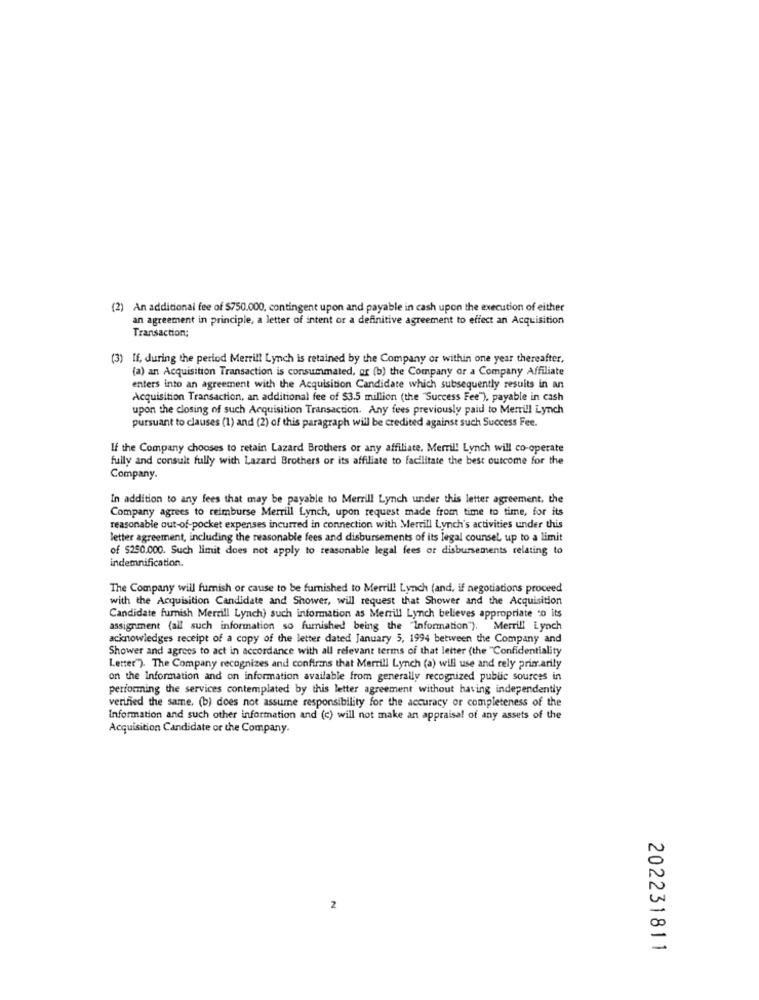
(2) An additional fee of $750.000, contingent upon and payable in cash upon the execution of either
an agreement in principle, a letter of intent or a definitive agreement to effect an Acquisition
Transaction;
(3) If, during the period Merrill Lynch is retained by the Company or within one year thereafter,
(a) an Acquisition Transaction is consummated, or (b) the Company or a Company Affiliate
enters into an agreement with the Acquisition Candidate which subsequently results in an
Acquisition Transaction, an additional fee of $3.5 million (the "Success Fee"), payable in cash
upon the closing of such Acquisition Transaction. Any fees previously paid to Merrill Lynch
pursuant to clauses (1) and (2) of this paragraph will be credited against such Success Fee.
If the Company chooses to retain Lazard Brothers or any affiliate. Merrill Lynch will co-operate
fully and consult fully with Lazard Brothers or its affiliate to facilitate the best outcome for the
Company.
In addition to any fees that may be payable to Merrill Lynch under this letter agreement, the
Company agrees to reimburse Merrill Lynch, upon request made from time to time, for its
reasonable out-of-pocket expenses incurred in connection with Merrill Lynch's activities under this
letter agreement, including the reasonable fees and disbursements of its legal counsel, up to a limit
of $250.000. Such limit does not apply to reasonable legal fees or disbursements relating to
indemnification.
The Company will furnish or cause to be furnished to Merrill Lynch (and, if negotiations proceed
with the Acquisition Candidate and Shower, will request that Shower and the Acquisition
Candidate furnish Merrill Lynch) such information as Merrill Lynch believes appropriate to its
assignment (all such information so furnished being the "Information"). Merrill Lynch
acknowledges receipt of a copy of the letter dated January 5, 1994 between the Company and
Shower and agrees to act in accordance with all relevant terms of that letter (the "Confidentiality
Letter"). The Company recognizes and confirms that Merrill Lynch (a) will use and rely primarily
on the Information and on information available from generally recognized public sources in
performing the services contemplated by this letter agreement without having independently
verified the same, (b) does not assume responsibility for the accuracy or completeness of the
Information and such other information and (c) will not make an appraisal of any assets of the
Acquisition Candidate or the Company.
2
202231811